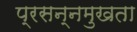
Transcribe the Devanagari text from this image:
प्रसन्नमुखता